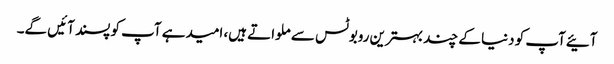
آئیےآپ کو دنیا کے چند بہترین روبوٹس سے ملواتے ہیں، امیدہے آپ کو پسند آئیں گے۔